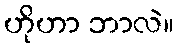
ဟိုဟာ ဘာလဲ။